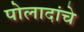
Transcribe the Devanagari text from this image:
पोलादांचे